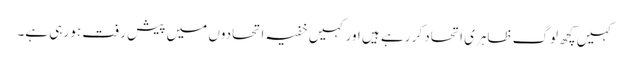
کہیں کچھ لوگ ظاہری اتحاد کر رہے ہیں اور کہیں خفیہ اتحادوں میں پیش رفت ہو رہی ہے۔